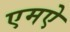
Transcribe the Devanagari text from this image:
एमऐ